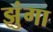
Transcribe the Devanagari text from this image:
झुंगा